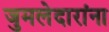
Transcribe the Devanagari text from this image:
जुमलेदारांना